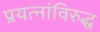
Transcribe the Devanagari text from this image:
प्रयत्‍नांविरुद्ध